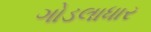
ગોડલાધાર